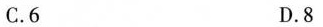
C.6 D.8